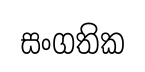
සංගතික